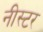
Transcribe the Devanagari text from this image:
नीस्टर